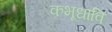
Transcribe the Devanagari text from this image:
कभूधावि